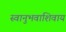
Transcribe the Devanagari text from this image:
स्वानुभवाशिवाय